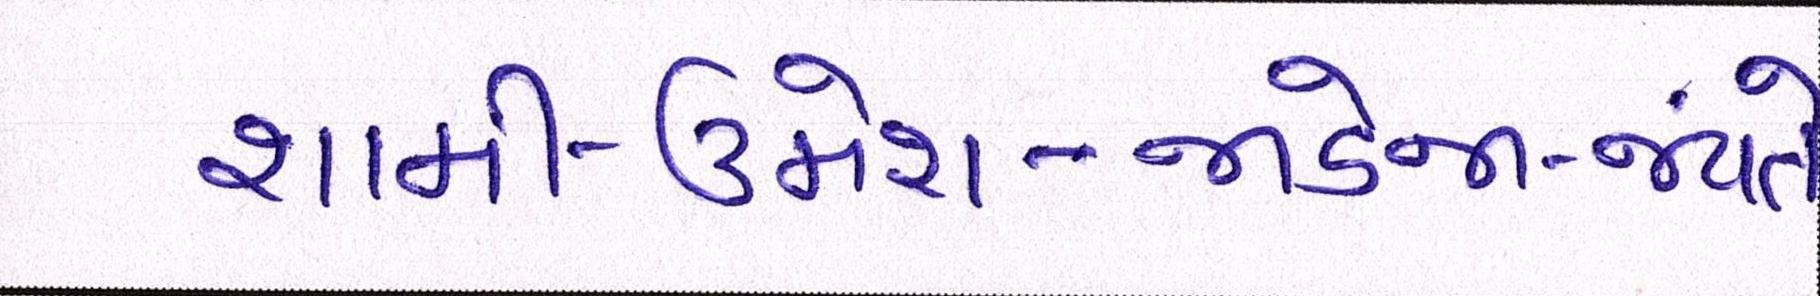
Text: શામી-ઉમેશ-જાડેજા-જયંતે